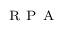
^ { \mathrm { ~ R ~ P ~ A ~ } }